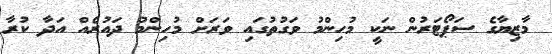
މާޒިޔާގެ ސަޕޯޓަރުން ނަކީ މުހިންމު ވަގުތުގައި ވަރަށް މުހިންމު ދައުރެއް އަދާ ކުރާ